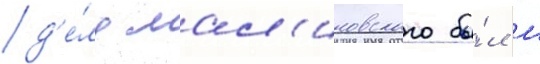
д'е́лу мал'иновского бы́л м